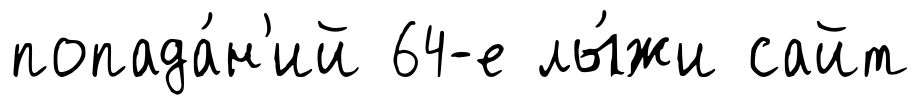
попада́н'ий 64-е лы́жи сайт